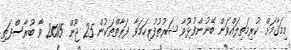
މިމަޤާމަށް ކުރިމަތިލައްވަން ބޭނުންފުޅުވާ ޝަރުތުފުރިހަމަވާ ފަރާތްތަކުން 25 ޖޫން 2015 ވާ ބުރާސްފަތި